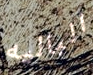
الباليه